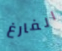
الفارغ